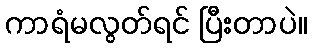
ကာရံမလွတ်ရင် ပြီးတာပဲ။